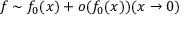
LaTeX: f \sim f _ { 0 } ( x ) + o ( f _ { 0 } ( x ) ) ( x \rightarrow 0 )